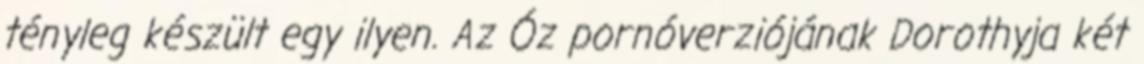
tényleg készült egy ilyen. Az Óz pornóverziójának Dorothyja két